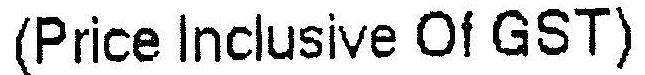
(PRICE INCLUSIVE OF GST)